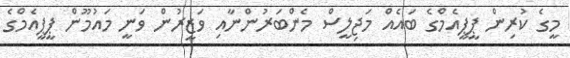
މީގެ ކުރިން ޕީީޕީއެމްގެ ބައެއް މަޖިލީސް މެންބަރުންނާއި ވަޒީރުން ވަނީ މައުމޫން ޕީޕީއެމްގެ